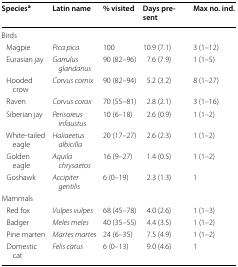
<table><thead><tr><td><b>Species<sup>a</sup></b></td><td><b>Latin name</b></td><td><b>% visited</b></td><td><b>Days present</b></td><td><b>Max no. ind.</b></td></tr></thead><tbody><tr><td colspan="5">Birds</td></tr><tr><td> Magpie</td><td><i>Pica pica</i></td><td>100</td><td>10.9 (7.1)</td><td>3 (1–12)</td></tr><tr><td> Eurasian jay</td><td><i>Garrulus glandarius</i></td><td>90 (82–96)</td><td>7.6 (7.9)</td><td>1 (1–5)</td></tr><tr><td> Hooded crow</td><td><i>Corvus cornix</i></td><td>90 (82–94)</td><td>5.2 (3.2)</td><td>8 (1–27)</td></tr><tr><td> Raven</td><td><i>Corvus corax</i></td><td>70 (55–81)</td><td>2.8 (2.1)</td><td>3 (1–16)</td></tr><tr><td> Siberian jay</td><td><i>Perisoreus infaustus</i></td><td>10 (6–18)</td><td>2.6 (0.9)</td><td>1 (1–2)</td></tr><tr><td> White-tailed eagle</td><td><i>Haliaeetus albicilla</i></td><td>20 (17–27)</td><td>2.6 (2.3)</td><td>1 (1–2)</td></tr><tr><td> Golden eagle</td><td><i>Aquila chrysaetos</i></td><td>16 (9–27)</td><td>1.4 (0.5)</td><td>1 (1–2)</td></tr><tr><td> Goshawk</td><td><i>Accipiter gentilis</i></td><td>6 (0–19)</td><td>2.3 (1.3)</td><td>1</td></tr><tr><td colspan="5">Mammals</td></tr><tr><td> Red fox</td><td><i>Vulpes vulpes</i></td><td>68 (45–78)</td><td>4.0 (2.6)</td><td>1 (1–3)</td></tr><tr><td> Badger</td><td><i>Meles meles</i></td><td>40 (35–55)</td><td>4.4 (3.5)</td><td>1 (1–2)</td></tr><tr><td> Pine marten</td><td><i>Martes martes</i></td><td>24 (6–35)</td><td>7.5 (4.9)</td><td>1 (1–2)</td></tr><tr><td> Domestic cat</td><td><i>Felis catus</i></td><td>6 (0–13)</td><td>9.0 (4.6)</td><td>1</td></tr></tbody></table>